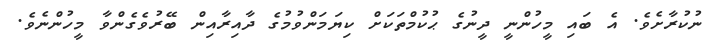
ނުކުރާށެވެ. އެ ބައި މީހުންނީ ދީނުގެ ޙުކުމްތަކަށް ކިޔަމަންވުމުގެ ދާއިރާއިން ބޭރުވެގެންވާ މީހުންނެވެ.